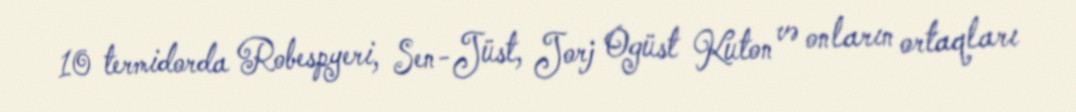
10 termidorda Robespyeri, Sen-Jüst, Jorj Ogüst Kuton və onların ortaqları